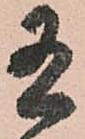
有